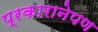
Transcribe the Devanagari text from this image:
प्रकारानेपण